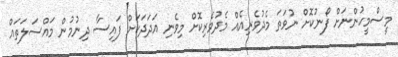
މީސްމީހުންނަށް ފޯނުކޮށް ނުވަތަ މެދުވެރިއެއް މެދުވެރިކޮށް މިވެނި އަދަދަކަށް ފައިސާ ދިނުމުން މައްސަލަތައް